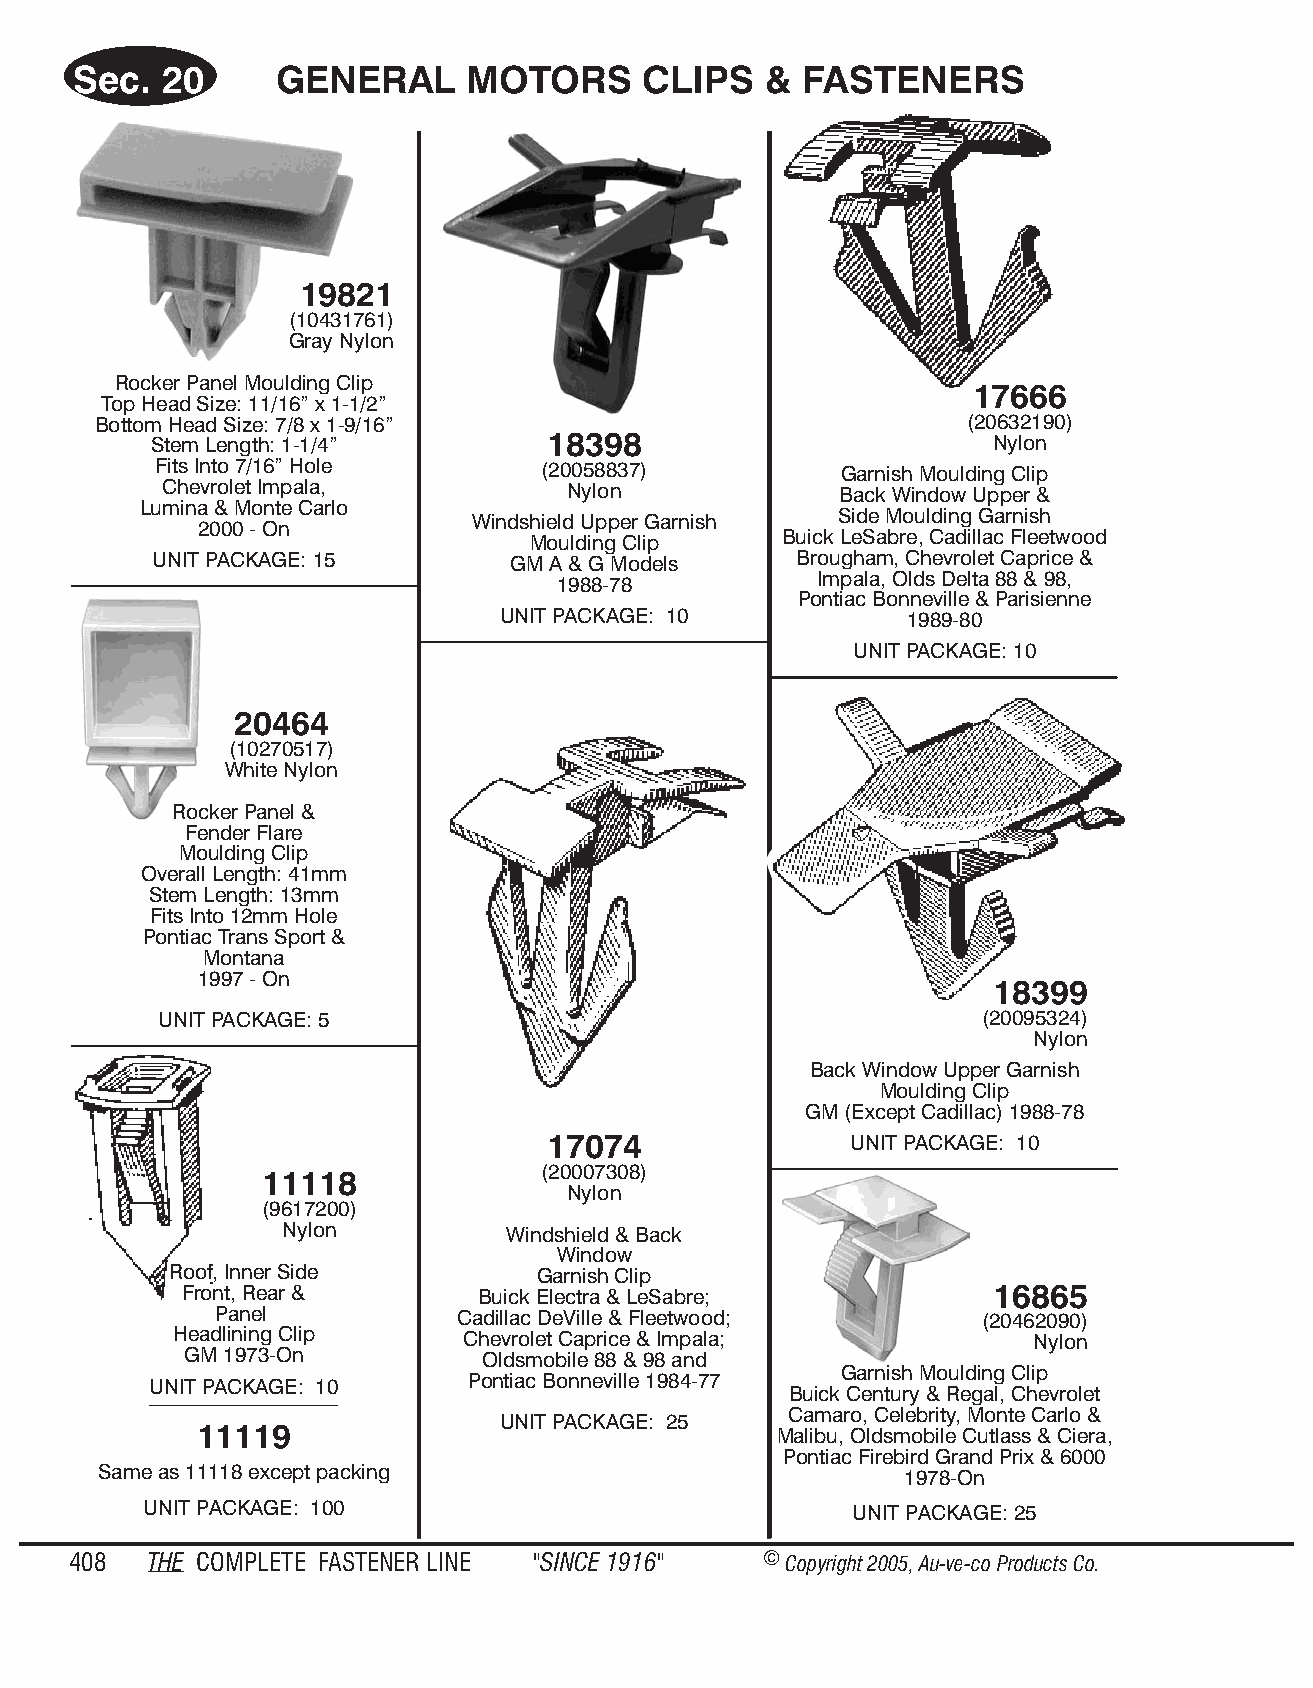
Sec.  20      GENE   RAL  MO  TORS    CLIPS   & FAS  TENE   RS
 19821
 (10431761)
 Gray Nylon
 Rocker Panel Mould ing Clip
 17666
 Top Head Size: 11/16” x 1-1/2”
 Bott om Head Size: 7/8 x 1-9/16”                         (20632190)
 Stem Length: 1-1/4”       18398                         Nylon
 Fits Into 7/16” Hole      (20058837)          Garnish Moulding Clip
 Chevrolet Impala,          Nylon             Back Window Upper &
 Lumina & Monte Carlo
 Side Moulding Garnish
 Windshield Upper Garnish
 2000 - On
 Buick LeSabre, Cadillac Fleetwood
 Moulding Clip
 UNIT PACKAGE: 15        GM A & G Models    Brougham, Chevrolet Caprice &
 Impala, Olds Delta 88 & 98,
 1988-78
 Pontiac Bonneville & Parisienne
 UNIT PACKAGE: 10           1989-80
 UNIT PACKAGE: 10
 20464
 (10270517)
 White Nylon
 Rocker Panel &
 Fender Flare
 Moulding Clip
 Overall Length: 41mm
 Stem Length: 13mm
 Fits Into 12mm Hole
 Pontiac Trans Sport &
 Montana
 1997 - On
 18399
 UNIT PACKAGE: 5                                       (20095324)
 Nylon
 Back Window Upper Garnish
 Moulding Clip
 GM (Except Cadillac) 1988-78
 17074                UNIT PACKAGE: 10
 (20007308)
 11118
 Nylon
 (9617200)
 Nylon          Windshield & Back
 Window
 Roof, Inner Side         Garnish Clip
 Front, Rear &       Buick Electra & LeSabre;          16865
 Panel           Cadillac DeVille & Fleetwood;      (20462090)
 Headlining Clip    Chevrolet Caprice & Impala;           Nylon
 GM 1973-On          Oldsmobile 88 & 98 and
 Garnish Moulding Clip
 UNIT PACK AGE: 10    Pontiac Bonneville 1984-77
 Buick Century & Regal, Chevrolet
 Camaro, Celebrity, Monte Carlo &
 UNIT PACKAGE: 25
 11119                                  Malibu, Oldsmobile Cutlass & Ciera,
 Pontiac Firebird Grand Prix & 6000
 Same as 11118 except packing                         1978-On
 UNIT PACKAGE: 100                              UNIT PACKAGE: 25
 408  THE COM PLETE FAST ENER LINE "SINCE 1916" © Copyr ight 2005, Au-ve-co Produ cts Co.